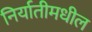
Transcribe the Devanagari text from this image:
निर्यातीमधील